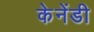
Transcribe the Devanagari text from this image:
केनेंडी